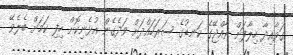
ގަވާއިދާ ހިލާފަށް ރާއްޖޭގެ ކަނޑުގެ ސަރަހައްދަށް ވަދެގެން އުޅެނިކޮށް ހިފި ކަމަށް ބެލެވޭ